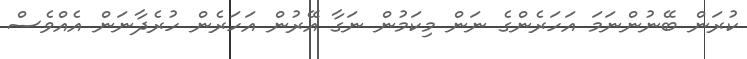
ކުރަން ބޭނުންނަމަ އަހަރެންގެ ނަން މިކަމުން ނަގާ އޭރުން އަހަރެން ހުރެދާނަން އެއްވެސް